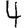
Digit: 4